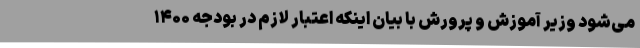
می‌شود وزیر آموزش و پرورش با بیان اینکه اعتبار لازم در بودجه ۱۴۰۰